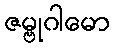
ဇမ္ဗုဂါမော